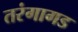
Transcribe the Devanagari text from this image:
तरंगागड